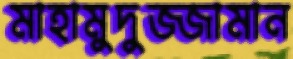
মাহামুদুজ্জামান